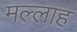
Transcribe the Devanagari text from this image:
मल्‍लाह